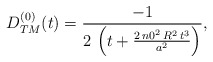
\begin{align*}\begin{array}{c}D_{TM}^{(0)}(t) = \displaystyle{\frac{-1}{2\,\left( t +\frac{2\,{n0}^2\,R^2\,t^3}{a^2} \right) }},\end{array}\end{align*}